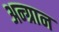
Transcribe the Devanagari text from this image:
अन्ग्रान